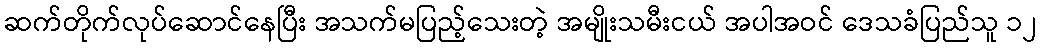
ဆက်တိုက်လုပ်ဆောင်နေပြီး အသက်မပြည့်သေးတဲ့ အမျိုးသမီးငယ် အပါအဝင် ဒေသခံပြည်သူ ၁၂